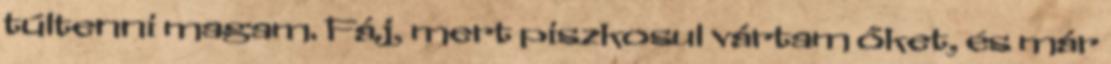
túltenni magam. Fáj, mert piszkosul vártam őket, és már